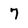
Character: 7